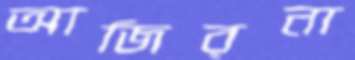
আজিরনা